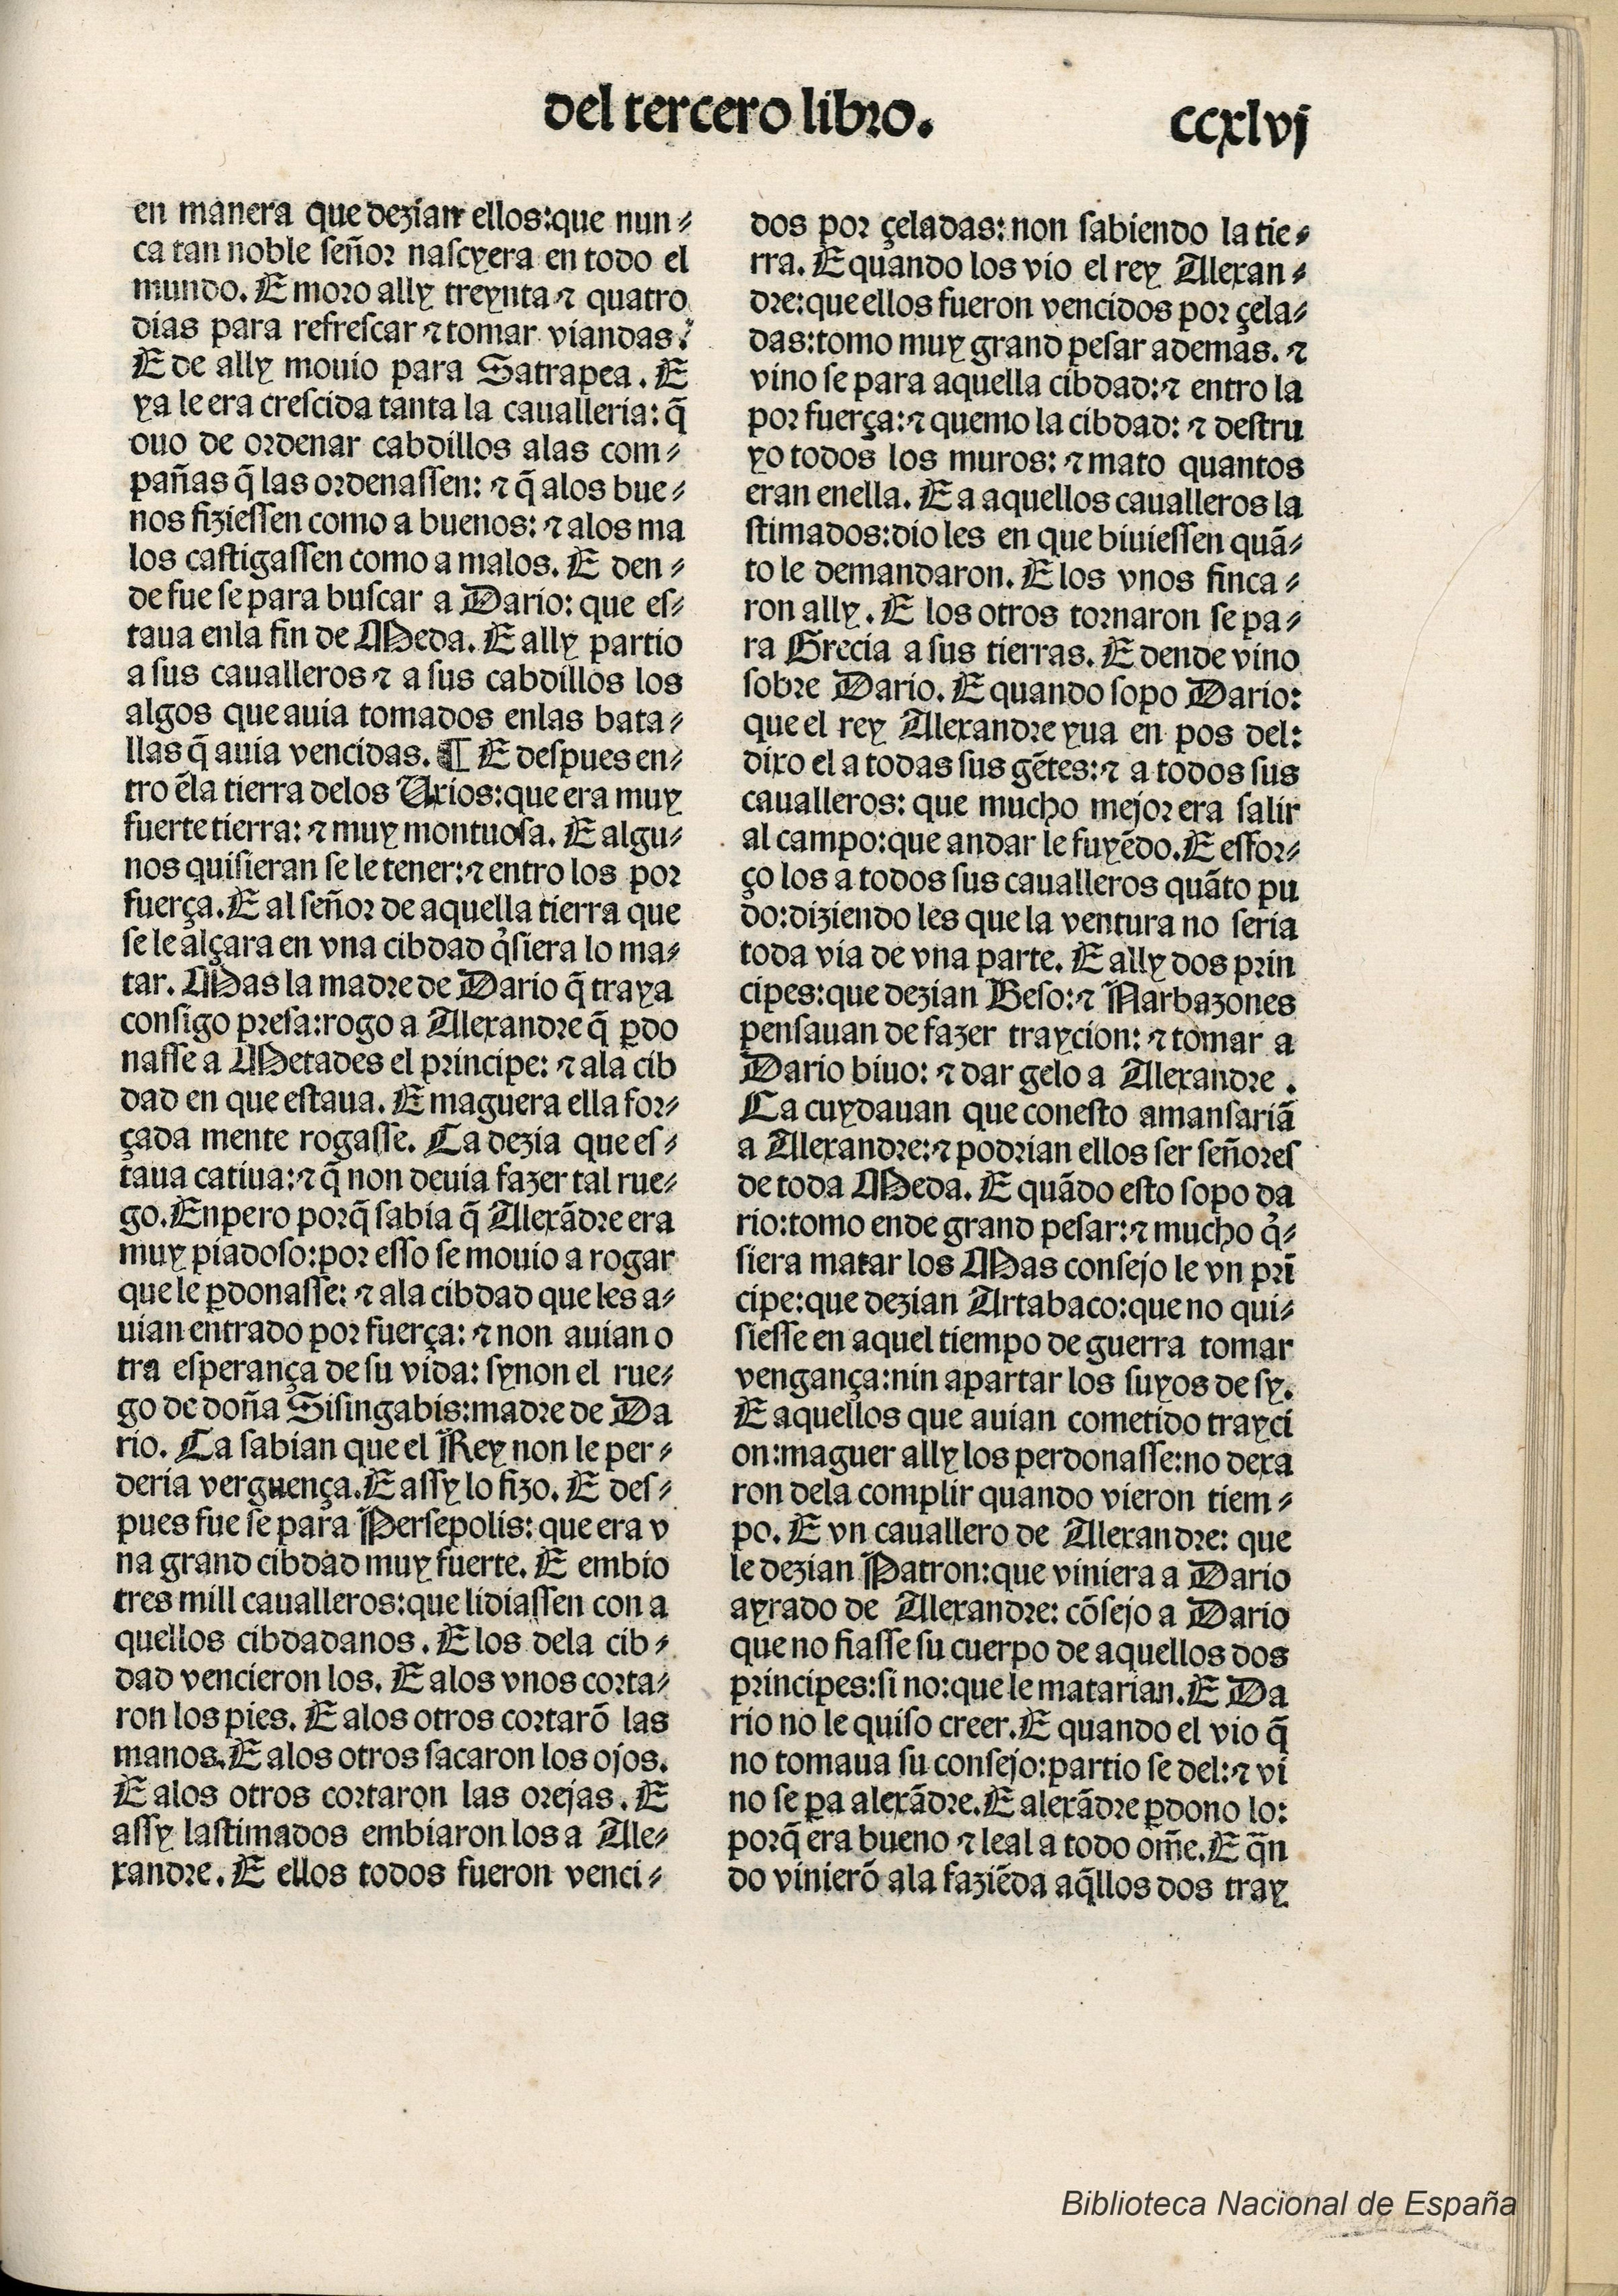
Shelfmark: Madrid, BNE, Inc. 901
Century: 15